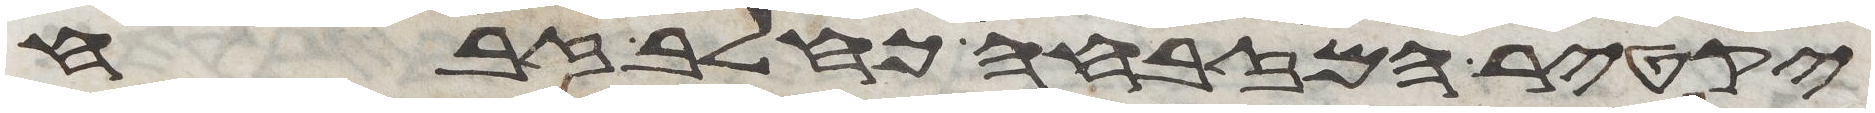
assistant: יקטיר המזבחה כחלב זבח